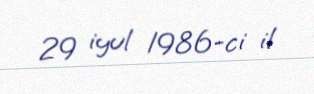
29 iyul 1986-ci il